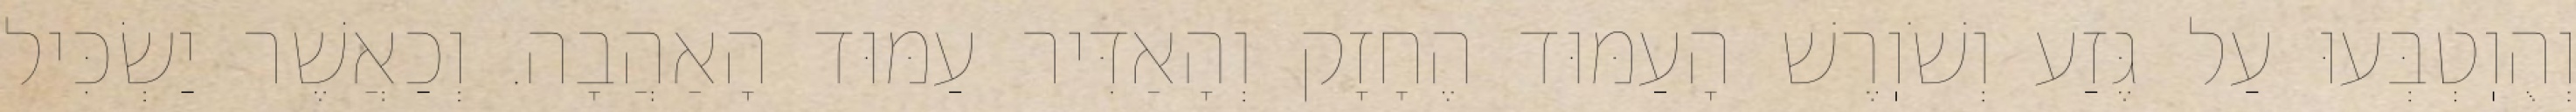
וְהֻוֽטְבְּעוּ עַל גֶּזַע וְשֹׁוֽרֶשׁ הָעַמּוּד הֶחָזָק וְהָאַדִּיר עַמּוּד הָאַהֲבָה. וְכַאֲשֶׁר יַשְׂכִּיל